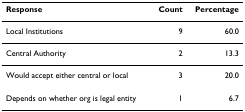
| Response | Count | Percentage |
 | --- | --- | --- |
 | Local Institutions | 9 | 60.0 |
 | Central Authority | 2 | 13.3 |
 | Would accept either central or local | 3 | 20.0 |
 | Depends on whether org is legal entity | 1 | 6.7 |